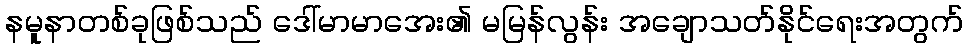
နမူနာတစ်ခုဖြစ်သည် ဒေါ်မာမာအေး၏ မမြန်လွန်း အချောသတ်နိုင်ရေးအတွက်